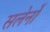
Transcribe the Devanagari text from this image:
सलेर्नो